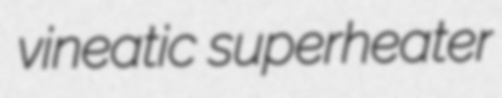
vineatic superheater